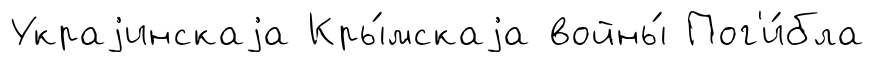
Украjинскаjа Кры́мскаjа войны́ Пог'и́бла